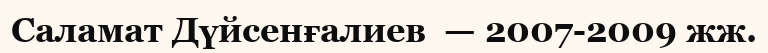
Саламат Дүйсенғалиев  — 2007-2009 жж.